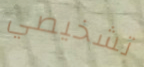
تشخيصي